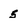
Character: 5